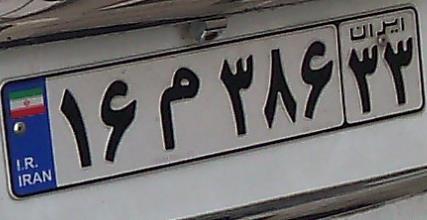
۱۶م۳۸۶۳۳